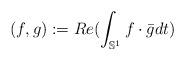
LaTeX: \begin{align*}(f,g):=Re(\int_{\mathbb{S}^1}f\cdot \bar{g} dt)\end{align*}